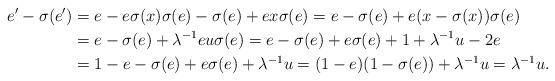
LaTeX: \begin{align*} e'-\sigma(e')&=e-e\sigma(x)\sigma(e)-\sigma(e)+ex\sigma(e)=e-\sigma(e)+e(x-\sigma(x))\sigma(e)\\ &=e-\sigma(e)+\lambda^{-1}eu\sigma(e)=e-\sigma(e)+e\sigma(e)+1+\lambda^{-1}u-2e\\&=1-e-\sigma(e)+e\sigma(e)+\lambda^{-1}u=(1-e)(1-\sigma(e))+\lambda^{-1}u=\lambda^{-1}u.\end{align*}